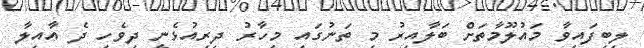
ލިބިފައިވާ މައުލޫމާތަށް ބަލާއިރު މި ތަނުގައި މިހާރު ދިރިއުޅެނީ ދިވެހި ދެ އާއިލާ